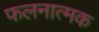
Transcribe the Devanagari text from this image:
फलनात्मक